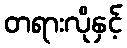
တရားလိုနှင့်